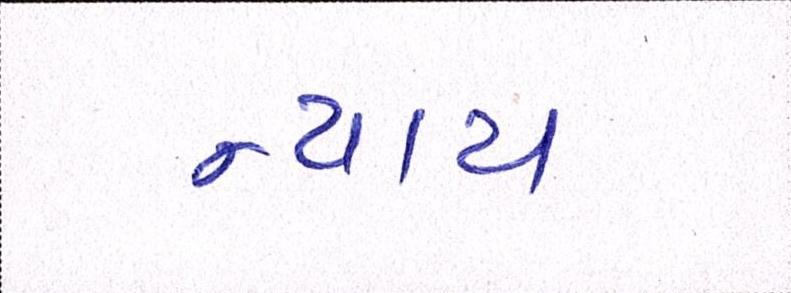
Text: ન્યાય